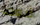
ضعت